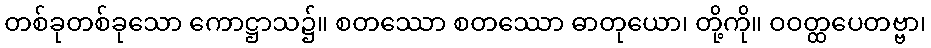
တစ်ခုတစ်ခုသော ကောဋ္ဌာသ၌။ စတဿော စတဿော ဓာတုယော၊ တို့ကို။ ဝဝတ္ထပေတဗ္ဗာ၊